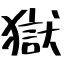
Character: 獄